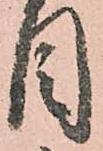
目